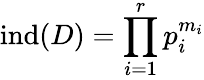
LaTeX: \mathrm{ind}(D)=\prod_{i=1}^{r}p_{i}^{m_{i}}